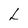
Character: L